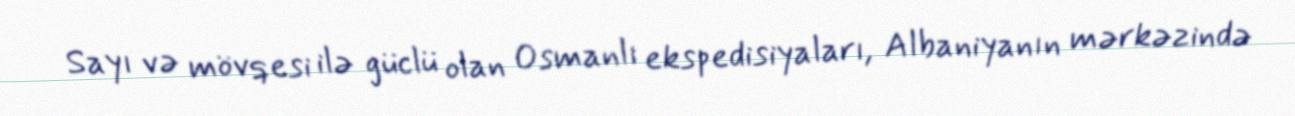
Sayı və mövqesi ilə güclü olan Osmanlı ekspedisiyaları, Albaniyanın mərkəzində